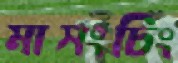
মাসংচিং